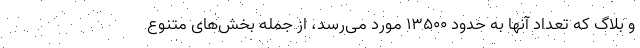
و بلاگ که تعداد آنها به حدود 13500 مورد می‌رسد، از جمله بخش‌های متنوع